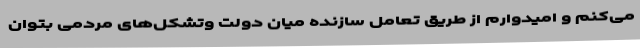
می‌کنم و امیدوارم از طریق تعامل سازنده میان دولت وتشکل‌های مردمی بتوان